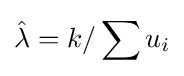
{\hat {\lambda }}=k/\sum u_{i}